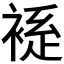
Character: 𫌃